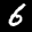
Label: 6